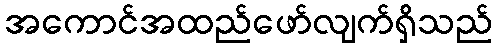
အကောင်အထည်ဖော်လျက်ရှိသည်